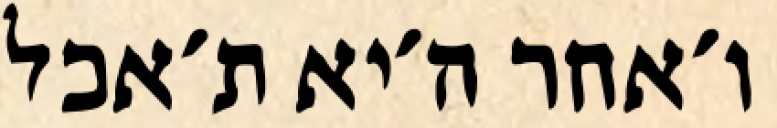
ו׳אחר ה׳יא ת׳אכל